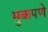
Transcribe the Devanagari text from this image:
मुकपणे